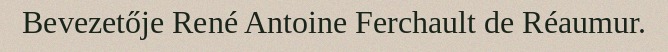
Bevezetője René Antoine Ferchault de Réaumur.